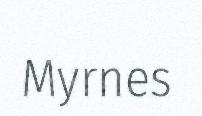
Myrnes